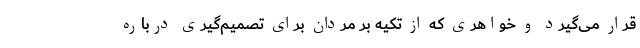
قرار می‌گیرد و خواهری که از تکیه بر مردان برای تصمیم‌گیری درباره